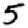
Digit: 5